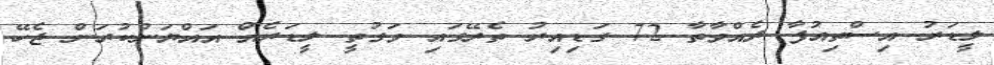
ލީޑަރު އިސްތިއުފާ ދެއްވާތާ 72 ގަޑިއިރު ތެރޭގައި ވަގުތީ ލީޑަރެއް އައްޔަންކުރަން ޖެހޭ